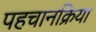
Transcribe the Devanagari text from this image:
पहचानक्रिया